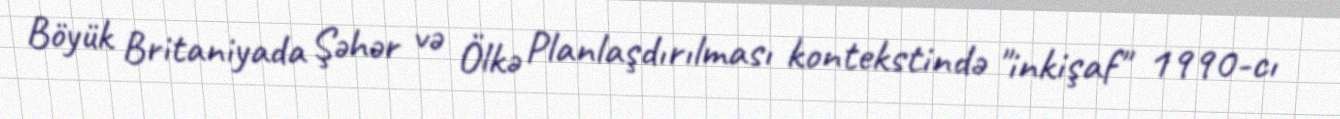
Böyük Britaniyada Şəhər və Ölkə Planlaşdırılması kontekstində "inkişaf" 1990-cı